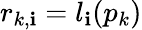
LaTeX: r_{k,\mathbf{i}}=l_{\mathbf{i}}(p_{k})